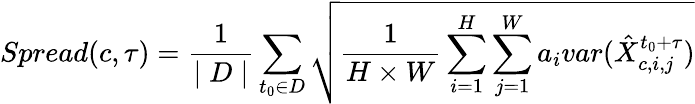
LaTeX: Spread(c,\tau)=\frac{1}{\mid D\mid}\sum_{t_{0}\in D}\sqrt{\frac{1}{H\times W}\sum_{i=1}^{H}\sum_{j=1}^{W}a_{i}var(\hat{X}_{c,i,j}^{t_{0}+\tau})}